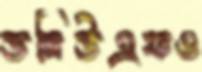
ডব্লিউএফও